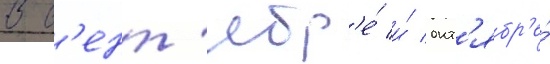
В с'ент'ябр'е́ и́ окт'ябр'е́